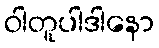
ဝါတူပါဒါနော